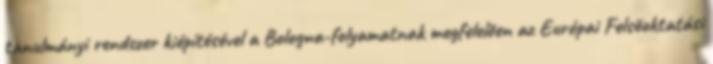
tanulmányi rendszer kiépítésével a Bologna-folyamatnak megfelelõen az Európai Felsõoktatási